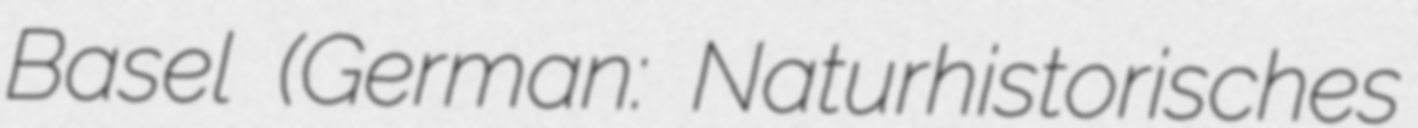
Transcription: Basel (German: Naturhistorisches